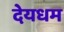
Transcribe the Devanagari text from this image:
देयधम